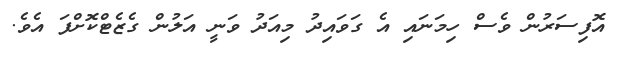
އޮފިސަރުން ވެސް ހިމަނައި އެ ގަވައިދު މިއަދު ވަނީ އަލުން ގެޒެޓްކޮށްފަ އެވެ.